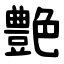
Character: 艶